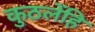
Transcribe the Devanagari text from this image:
कुठलेंहि